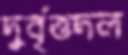
দুর্বৃত্তদল